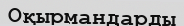
Оқырмандарды